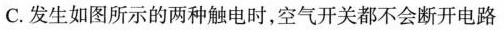
C.发生如图所示的两种触电时，空气开关都不会断开电路